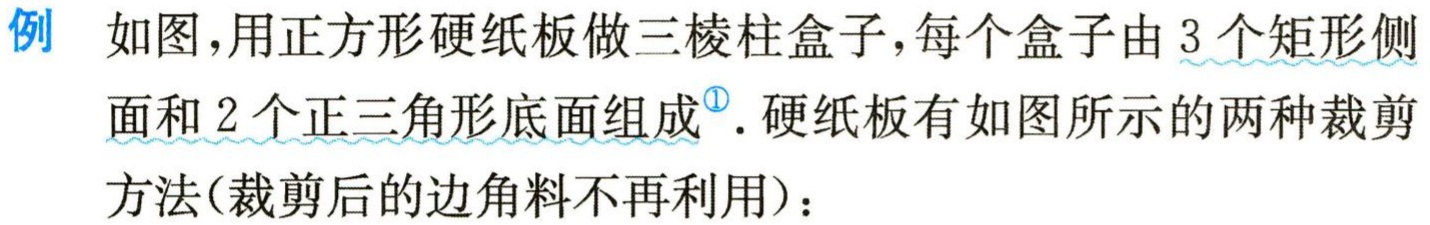
例 如图，用正方形硬纸板做三棱柱盒子，每个盒子由 3 个矩形侧
面和 2 个正三角形底面组成<sup>\textcircled{1}</sup>. 硬纸板有如图所示的两种裁剪
方法(裁剪后的边角料不再利用)：